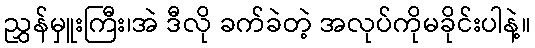
ညွှန်မှူးကြီး၊အဲ ဒီလို ခက်ခဲတဲ့ အလုပ်ကိုမခိုင်းပါနဲ့။